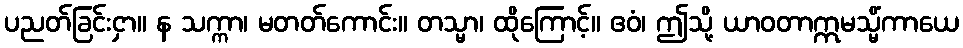
ပညတ်ခြင်းငှာ။ န သက္ကာ၊ မတတ်ကောင်း။ တသ္မာ၊ ထိုကြောင့်။ ဧဝံ၊ ဤသို့ ယာဝတာဣမသ္မိံကာယေ